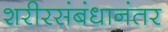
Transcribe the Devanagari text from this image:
शरीरसंबंधानंतर